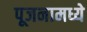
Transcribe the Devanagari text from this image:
पूजनामध्ये